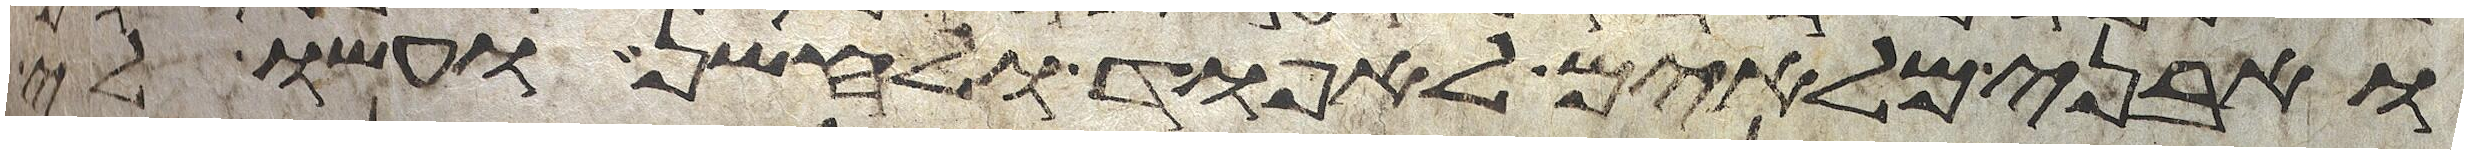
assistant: ואבני מלאים לאפוד ולחשן ועשו לי